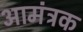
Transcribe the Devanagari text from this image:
आमंत्रक